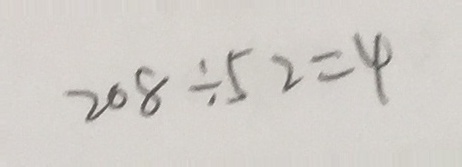
2 0 8 \div 5 2 = 4